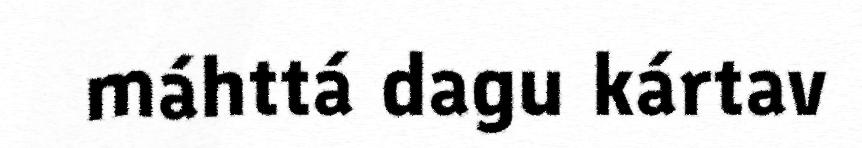
máhttá dagu kártav